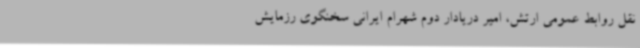
نقل روابط عمومی ارتش، امیر دریادار دوم شهرام ایرانی سخنگوی رزمایش